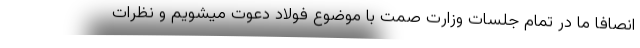
انصافا ما در تمام جلسات وزارت صمت با موضوع فولاد دعوت میشویم و نظرات